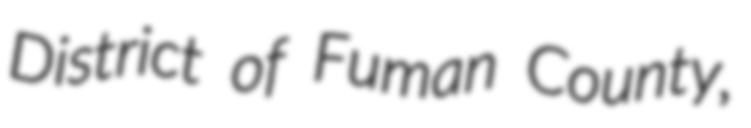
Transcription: District of Fuman County,